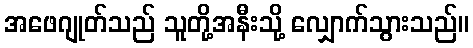
အဖေဂျုတ်သည် သူတို့အနီးသို့ လျှောက်သွားသည်။